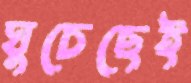
ঘুচেছেই